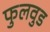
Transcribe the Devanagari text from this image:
फुलवुड